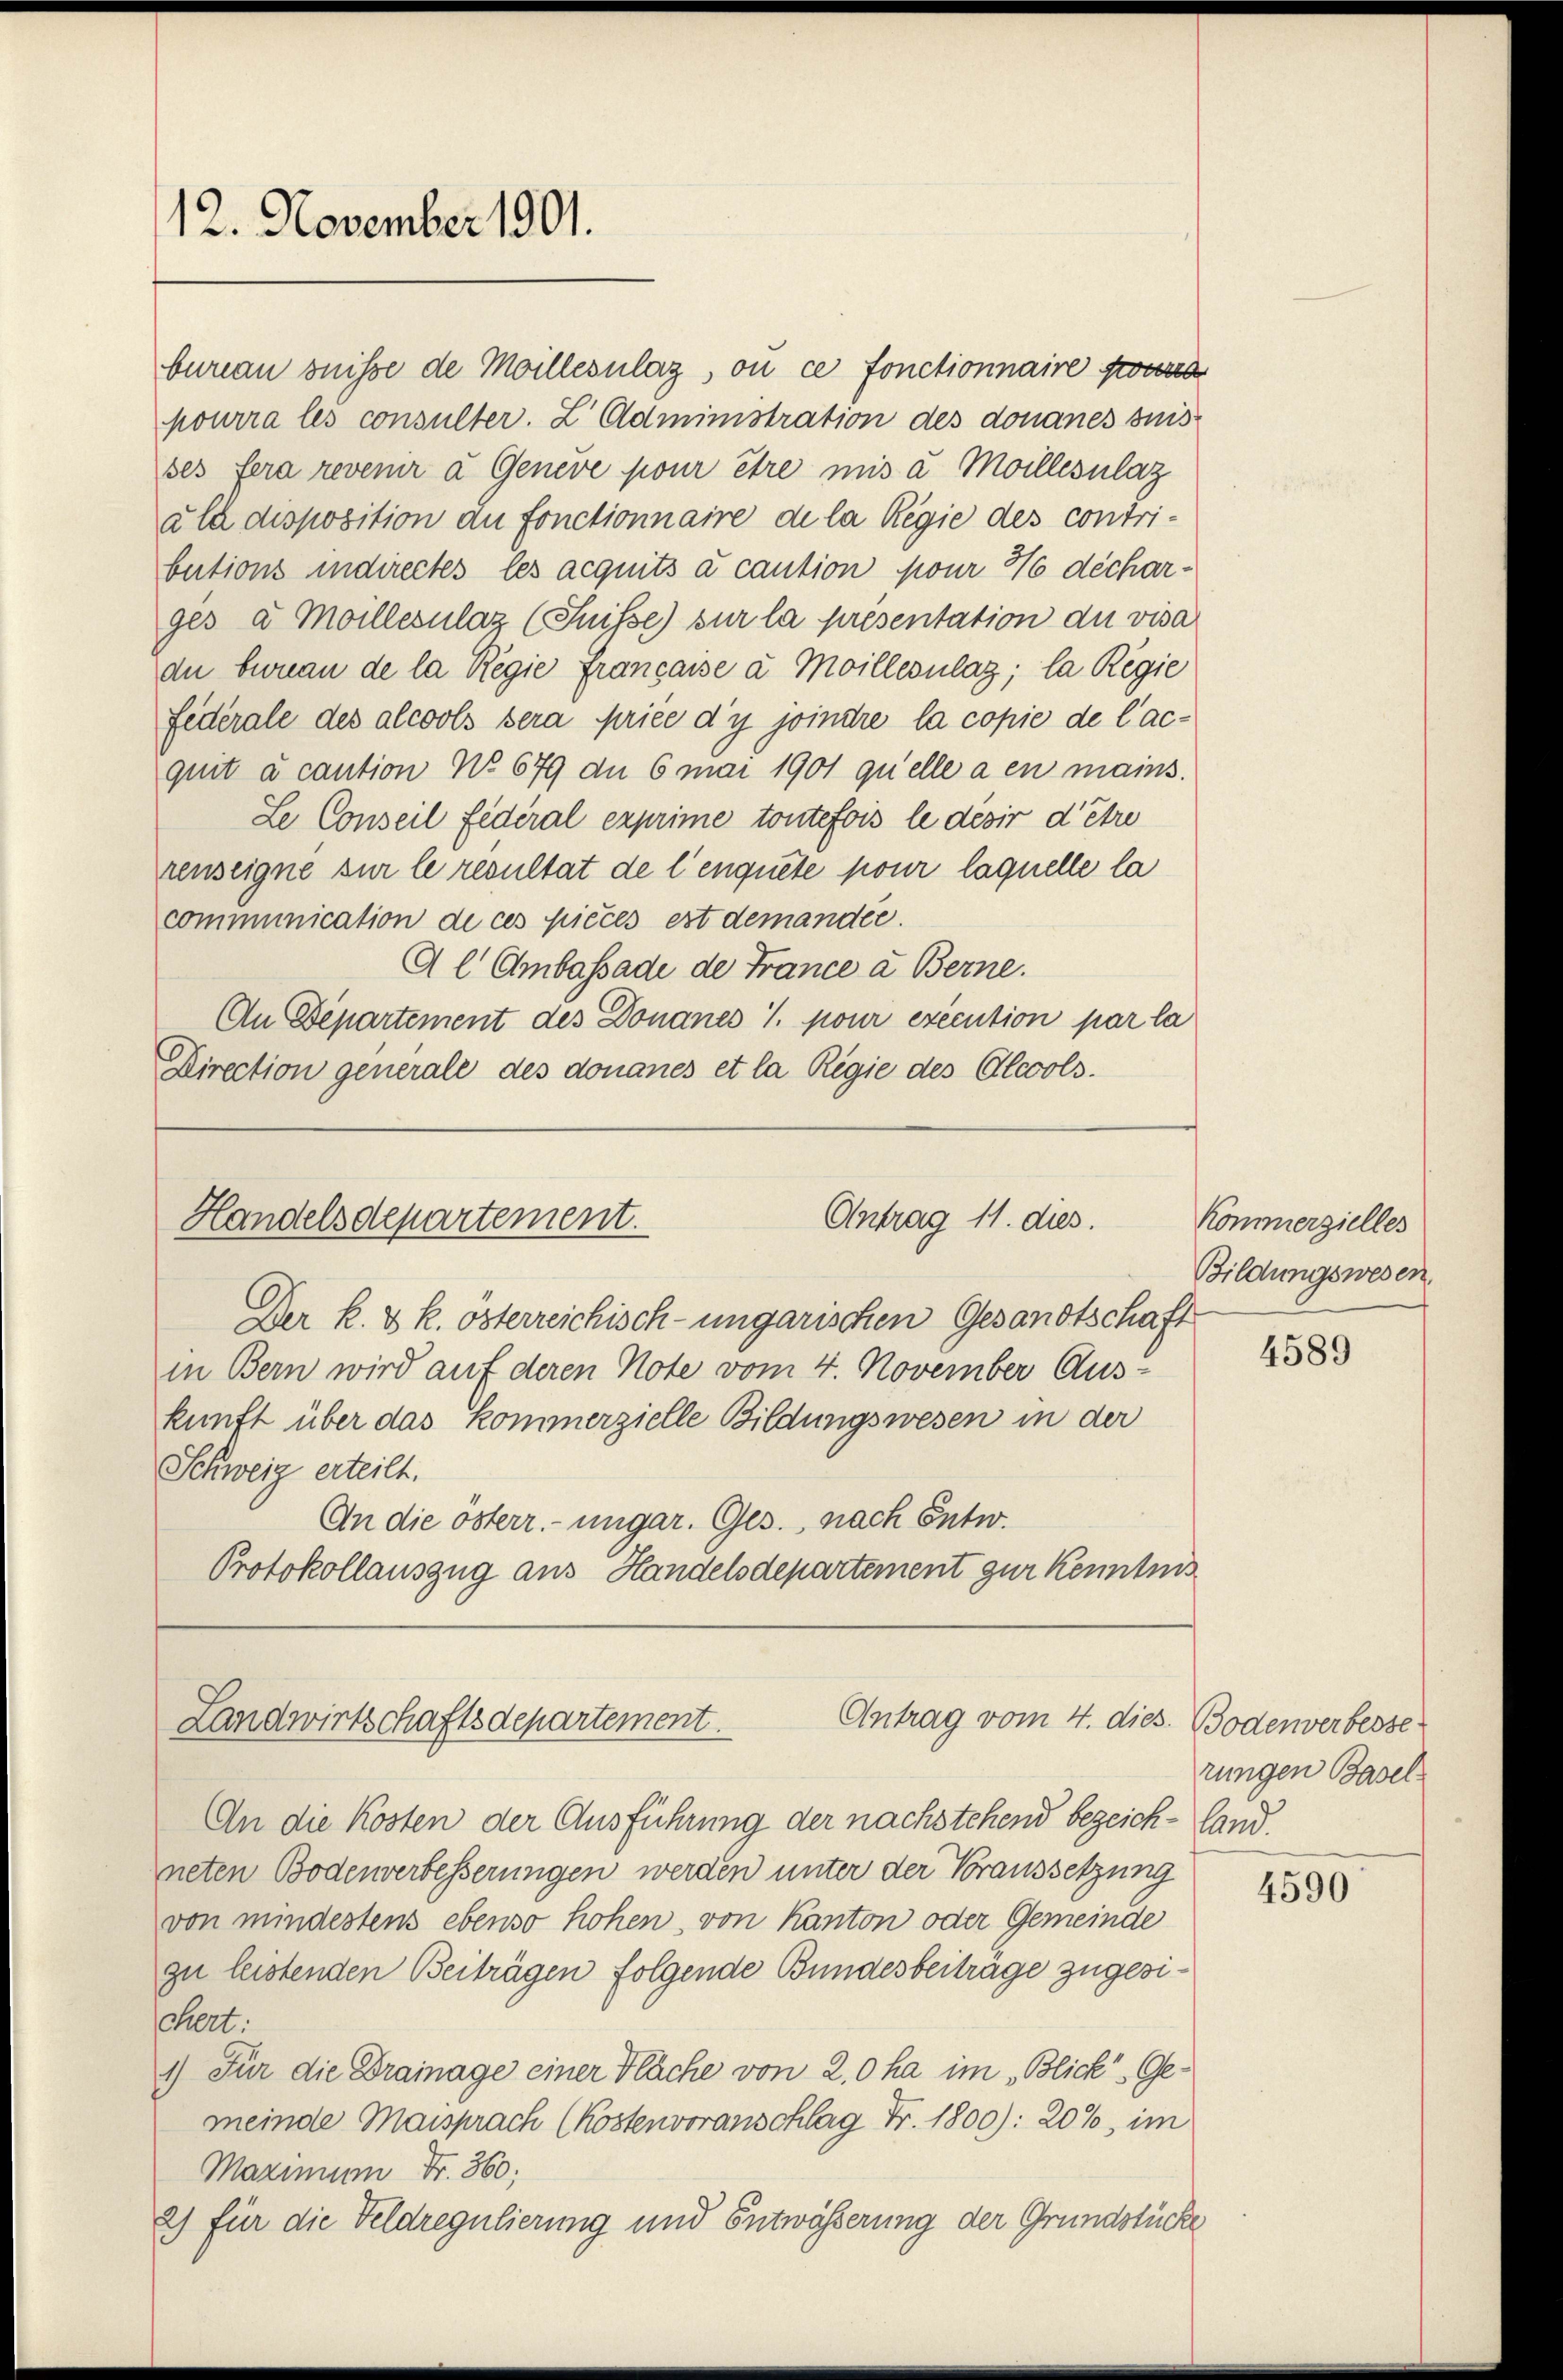
12. November 1901.

Antrag 11. dies
Handelsdepartement.

bureau suisse de Moillezulag, ou ce fonctionnaire sond
pourra les consulter. Z. Administration des donanes suis
ses fera revenir à Geneve pour être mis à Moillesulaz
ala disposition du fonctionnaire de la Regie des contri-
butions indirectes les acquits à caution pour 76 decharges a Moillezulaz (Suisse) sur la presentation du visa
du benau de la Regie francasse à Moillepulaz; la Regie
federale des alcools sera price d’y joindre la copie de l’acquit à caution No 679 de 6 mai 1901 quelle a en mains.
Le Conseil fédéral exprime toutefois le desir d’être
renseigne sur le resultat de l’enquete pour laquelle la
communication de ces pieces est demander.
Al Ambassade de France a Berne.
An Departement des Donanes 1. pour execution par la
Direction generale des donanes et la Regie des Alcools.

Der k. & k. österreichisch-ungarischen Gesandtschaft
in Bern wird auf deren Note vom 4. November Aus-
kunft über das Kommerzielle Bildungswesen in der
Schweiz erteilt.
An die österr.-ungar. Ges. nach Entw.
Protokollauszug aus Handelsdepartement zur Kenntnis

Antrag vom 4. dies
Landwirtschaftsdepartement.

An die Kosten der Ausführung der nachstehend bezeich-land-
neten Bodenverbesserungen werden unter der Voraussetzung
von mindestens ebenso hohen, von Kanton oder Gemeinde
zu leistenden Beiträgen folgende Bundesbeitrage zugesichert:
1) Für die Drainage einer Fläche von 2.0 ha im „Blick. Gemeinde Maisprach (Kostenvoranschlag Fr. 1800): 20%, im
Maximum Fr. 360;
2) für die Feldregulierung und Entwässerung der Grundstücke

Kommerzielles
Bildungswesen.

4589

Bodenverbesse
rungen Basel

4590